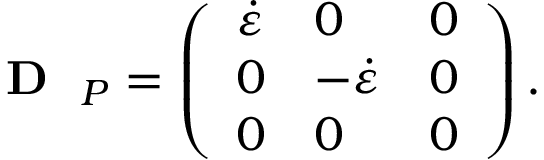
\mathrm { ~ \bf ~ { ~ D ~ } ~ } _ { P } = \left( \begin{array} { l l l } { \dot { \varepsilon } } & { 0 } & { 0 } \\ { 0 } & { - \dot { \varepsilon } } & { 0 } \\ { 0 } & { 0 } & { 0 } \end{array} \right) .